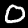
Digit: 0